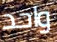
واحد